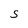
Character: S